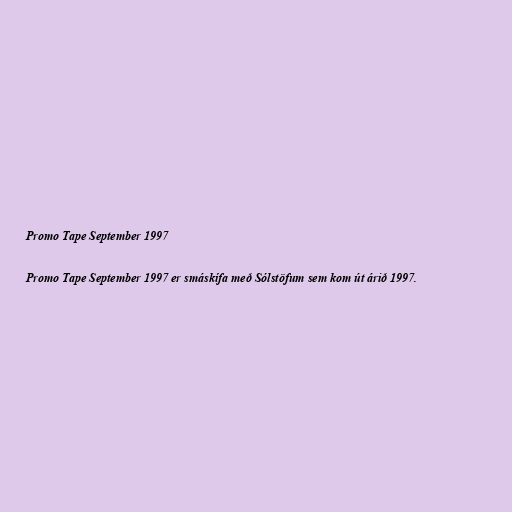
Promo Tape September 1997

Promo Tape September 1997 er smáskífa með Sólstöfum sem kom út árið 1997.